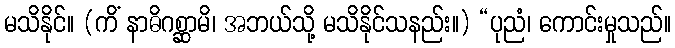
မသိနိုင်။ (ကိံ နာဓိဂစ္ဆာမိ၊ အဘယ်သို့ မသိနိုင်သနည်း။) “ပုညံ၊ ကောင်းမှုသည်။